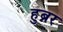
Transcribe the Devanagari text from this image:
हुब्नर